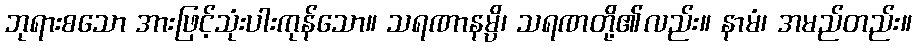
ဘုရားစသော အားဖြင့်သုံးပါးကုန်သော။ သရဏာနမ္ပိ၊ သရဏတို့၏လည်း။ နာမံ၊ အမည်တည်း။